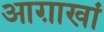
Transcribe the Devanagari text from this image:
आग़ाखां